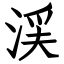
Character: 渓